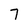
Character: 7